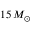
1 5 \, M _ { \odot }